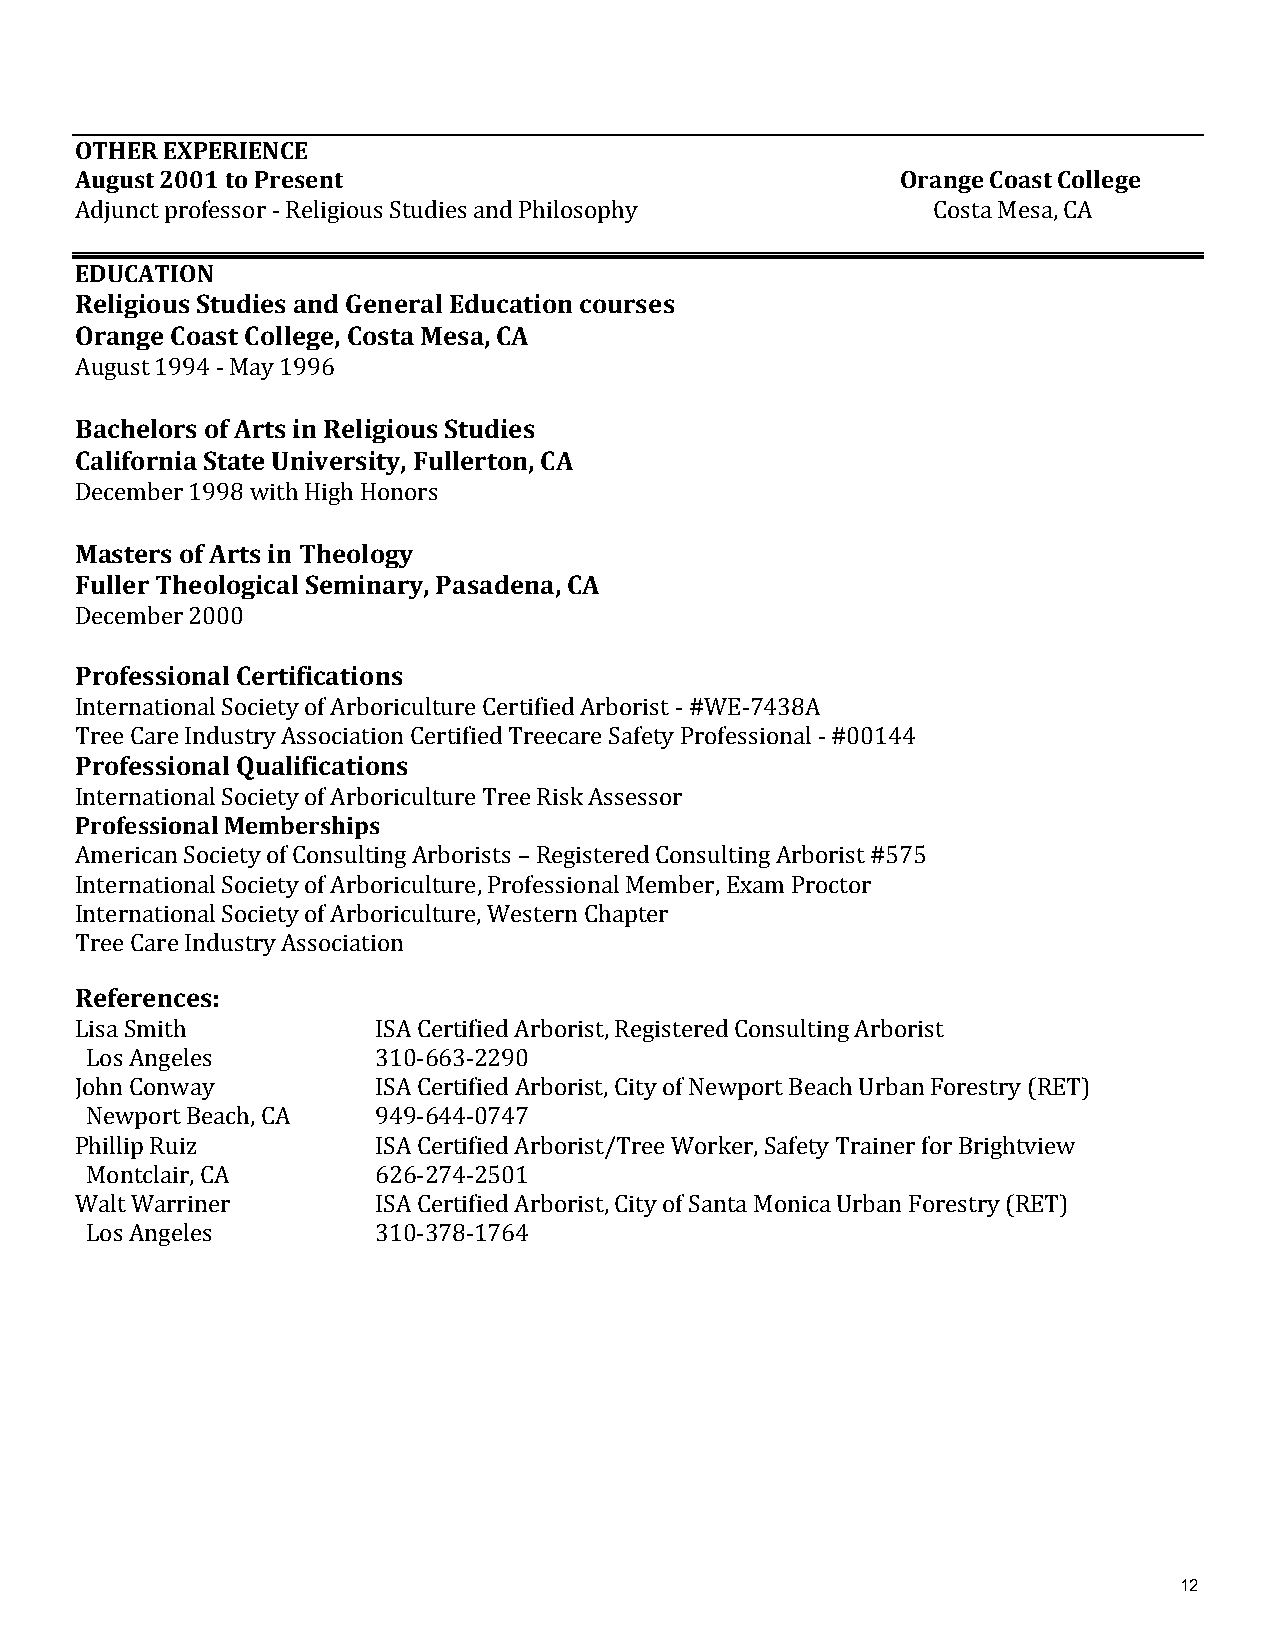
OTHER EXPERIENCE
 August 2001 to Present                                 Orange Coast College
 Adjunct professor - Religious Studies and Philosophy     Costa Mesa, CA
 EDUCATION
 Religious Studies and General Education courses
 Orange Coast College, Costa Mesa, CA
 August 1994 - May 1996
 Bachelors of Arts in Religious Studies
 California State University, Fullerton, CA
 December 1998 with High Honors
 Masters of Arts in Theology
 Fuller Theological Seminary, Pasadena, CA
 December 2000
 Professional Certifications
 International Society of Arboriculture Certified Arborist - #WE-7438A
 Tree Care Industry Association Certified Treecare Safety Professional - #00144
 Professional Qualifications
 International Society of Arboriculture Tree Risk Assessor
 Professional Memberships
 American Society of Consulting Arborists – Registered Consulting Arborist #575
 International Society of Arboriculture, Professional Member, Exam Proctor
 International Society of Arboriculture, Western Chapter
 Tree Care Industry Association
 References:
 Lisa Smith          ISA Certified Arborist, Registered Consulting Arborist
 Los Angeles        310-663-2290
 John Conway         ISA Certified Arborist, City of Newport Beach Urban Forestry (RET)
 Newport Beach, CA  949-644-0747
 Phillip Ruiz        ISA Certified Arborist/Tree Worker, Safety Trainer for Brightview
 Montclair, CA      626-274-2501
 Walt Warriner       ISA Certified Arborist, City of Santa Monica Urban Forestry (RET)
 Los Angeles        310-378-1764
 12